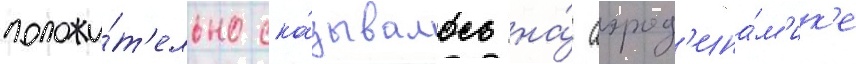
положи́т'ельно ска́зывалось на́ аэрод'ина́м'ик'е